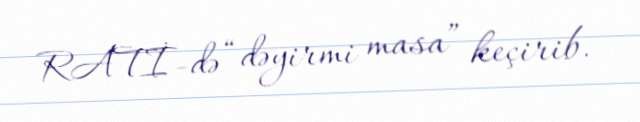
RATİ-də “dəyirmi masa” keçirib.